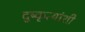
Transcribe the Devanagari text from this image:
दुष्कृत्यांशी